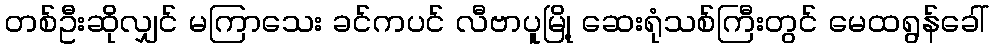
တစ်ဦးဆိုလျှင် မကြာသေး ခင်ကပင် လီဗာပူမြို့ ဆေးရုံသစ်ကြီးတွင် မေထရွန်ခေါ်